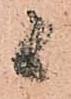
候